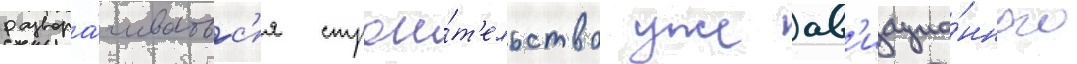
развора́чиватьс'я строи́т'ельство уже ав'иацио́нного